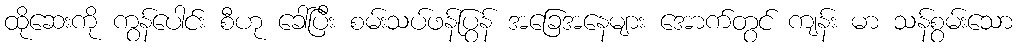
ထိုဆေးကို ကွန်ပေါင်း စီဟု ခေါ်ပြီး စမ်းသပ်ဖန်ပြွန် အခြေအနေများ အောက်တွင် ကျန်း မာ သန်စွမ်းသော